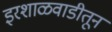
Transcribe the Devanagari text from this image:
इरशाळवाडीतून